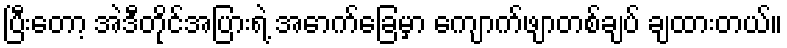
ပြီးတော့ အဲဒီတိုင်အပြားရဲ့ အောက်ခြေမှာ ကျောက်ဖျာတစ်ချပ် ချထားတယ်။